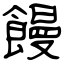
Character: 饅